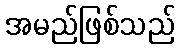
အမည်ဖြစ်သည်